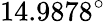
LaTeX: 14.9878^{\circ}